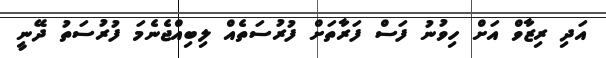
އަދި ރިޒާވް އަށް ހިވުނު ފަސް ފަރާތަށް ފުރުސަތެއް ލިބިއްޖެނެމަ ފުރުސަތު ދޭނީ